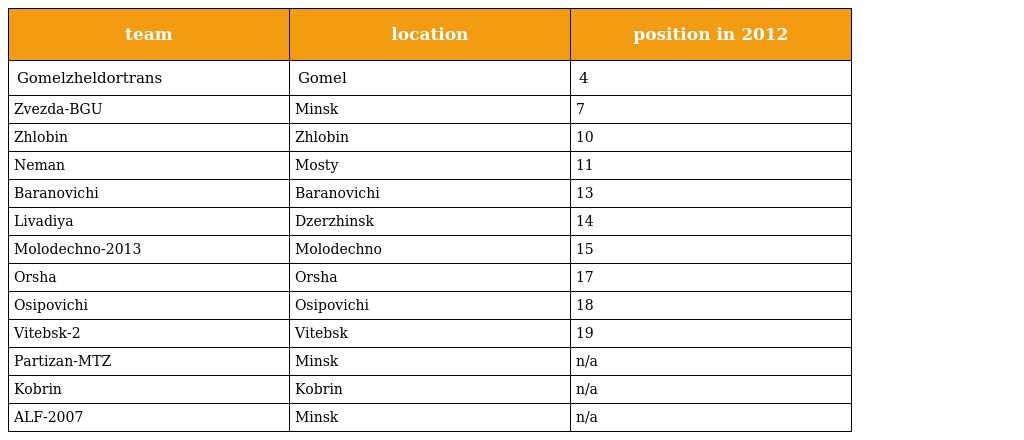
| team | location | position in 2012 |
 | --- | --- | --- |
 | Gomelzheldortrans | Gomel | 4 |
 | Zvezda-BGU | Minsk | 7 |
 | Zhlobin | Zhlobin | 10 |
 | Neman | Mosty | 11 |
 | Baranovichi | Baranovichi | 13 |
 | Livadiya | Dzerzhinsk | 14 |
 | Molodechno-2013 | Molodechno | 15 |
 | Orsha | Orsha | 17 |
 | Osipovichi | Osipovichi | 18 |
 | Vitebsk-2 | Vitebsk | 19 |
 | Partizan-MTZ | Minsk | n/a |
 | Kobrin | Kobrin | n/a |
 | ALF-2007 | Minsk | n/a |